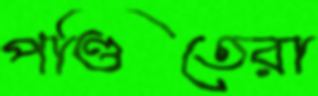
পণ্ডিতেরা